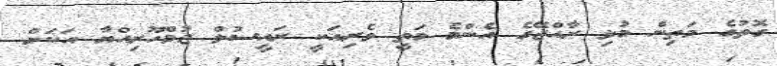
ގޮތުގެ މަތިން މުޅި ރާއްޖޭގެ އެންމެ މަތީ ވެރިއަކީ ރައީސުލް ޖުމްހޫރިއްޔާ އަކަށް